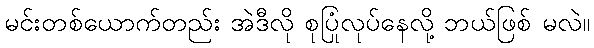
မင်းတစ်ယောက်တည်း အဲဒီလို စုပြုံလုပ်နေလို့ ဘယ်ဖြစ် မလဲ။